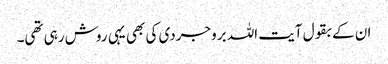
ان کے بقول آیت اللہ بروجردی کی بھی یہی روش رہی تھی۔